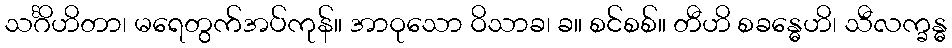
သင်္ဂိဟိတာ၊ မရေတွက်အပ်ကုန်။ အာဝုသော ဝိသာခ၊ ခ။ စင်စစ်။ တီဟိ စခန္ဓေဟိ၊ သီလက္ခန္ဓ